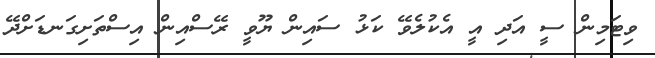
ވިޓަމިން ސީ އަދި އީ އެކުލެވޭ ކަޅު ސައިން ޔޫވީ ރޭސްއިން އިސްތަށިގަނޑަށްދޭ